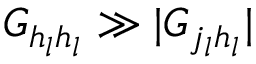
G _ { h _ { l } h _ { l } } \gg | G _ { j _ { l } h _ { l } } |